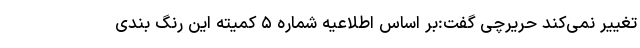
تغییر نمی‌کند حریرچی گفت:بر اساس اطلاعیه شماره ۵ کمیته این رنگ بندی